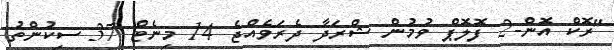
"ރޮކް އޮން-2 ފޮލޮޕް ވުމުން ޝްރަދާ ދެރަވެއްޖެ 14 މިނެޓް 37 ސިކުންތު